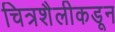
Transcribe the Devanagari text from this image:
चित्रशैलीकडून